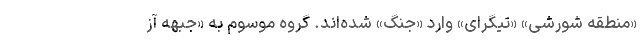
«منطقه شورشی» «تیگرای» وارد «جنگ» شده‌اند. گروه موسوم به «جبهه آز